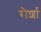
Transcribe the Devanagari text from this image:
रौर्शा